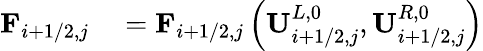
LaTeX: \begin{array}{rl}{\mathbf{F}_{i+1/2,j}}&{{}=\mathbf{F}_{i+1/2,j}\left(\mathbf{U}_{i+1/2,j}^{L,0},\mathbf{U}_{i+1/2,j}^{R,0}\right)}\end{array}